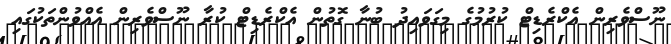
ނޫސްވެރިން އެކްރެޑިޓް ކުރުމުގެ މިގަވައިދު ބުނާ ގޮތުން އެކްރެޑިޓް ކުރާ ނޫސްވެރިން އެއްވުންތަކުގައި